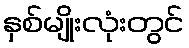
နှစ်မျိုးလုံးတွင်